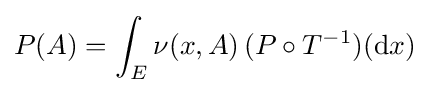
P(A)=\int _{E}\nu (x,A)\,(P\circ T^{-1})(\mathrm {d} x)